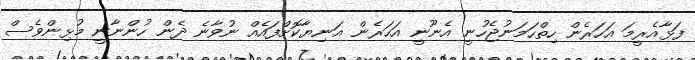
ފަޅާއެރީމަ އަހަރެން ހިތްހަމަނުޖެހުނީ އެނޫނީ އަހަރެން އަނިޔާކޮށްފައެއް ނުވާނެ ދެން ހުންނާނީ މުޅިންވެސް